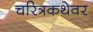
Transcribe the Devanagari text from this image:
चरित्रकथेवर